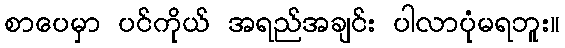
စာပေမှာ ပင်ကိုယ် အရည်အချင်း ပါလာပုံမရဘူး။